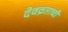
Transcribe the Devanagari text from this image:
देवव्रताची